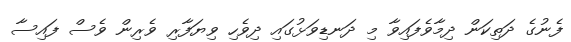
ފެނުގެ ދަތިކަން ދިމާވެފައިވާ މި ދަނޑިވަޅުގައި ދިވެހި ވިޔަފާރި ވެރިން ވެސް ފައިސާ